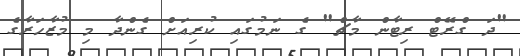
"ދަ ގްރޭޓް ރިޓާން މާޗް" ގެ ނަމުގައި ކުރިއަށް ގެންދާ މި މުޒާހަރާގެ